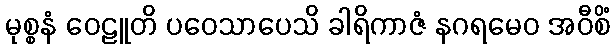
မုစ္စနံ ဝေဠူတိ ပဝေသာပေသိ ခါရိကာဇံ နဂရမေဝ အဝီစိံ